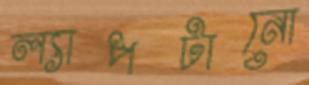
ল্যাপটানো